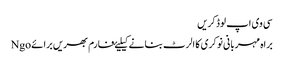
سی وی اپ لوڈ کریں
براہ مہربانی نوکری کا الرٹ بنانے کیلیۓ فارم بھریں برائے Ngo